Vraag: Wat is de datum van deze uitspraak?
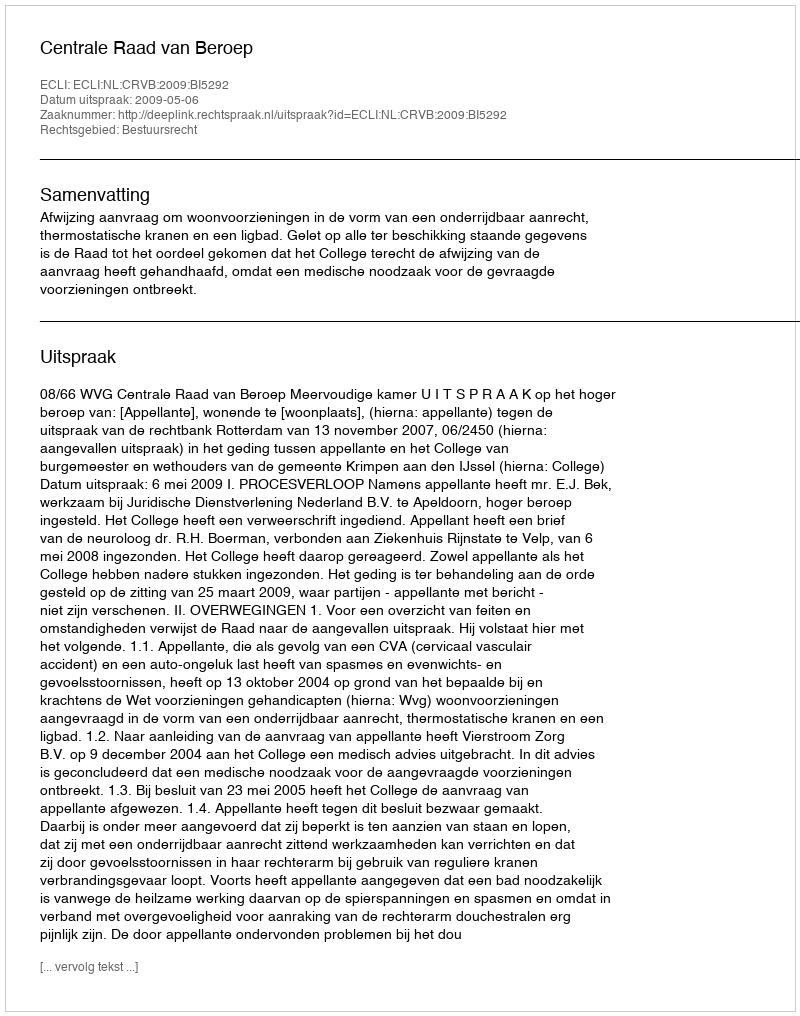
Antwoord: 2009-05-06